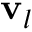
\mathbf { v } _ { l }